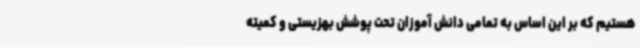
هستیم که بر این اساس به تمامی دانش آموزان تحت پوشش بهزیستی و کمیته